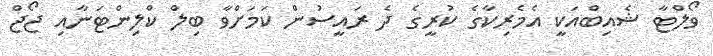
ވޯލްޓާ ޝެއިބްއަކީ އެމެރިކާގެ ކުރީގެ ދެ ރައީސުން ކަމަށްވާ ބިލް ކްލިންޓަނާއި ޖޯޖް